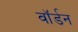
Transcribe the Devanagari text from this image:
वॉर्डन